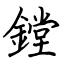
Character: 鏜